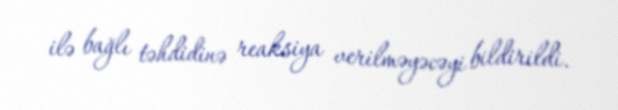
ilə bağlı təhdidinə reaksiya verilməyəcəyi bildirildi.